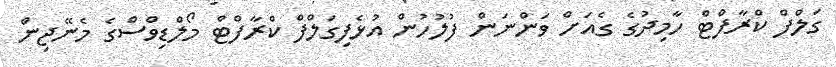
ގަލްފް ކްރާފްޓް ހާމިދުގެ ގެއަށް ވަންނަން ފުލުހުން އުޅެފިގަލްފް ކްރާފްޓް މޯލްޑިވްސްގެ މެނޭޖިން